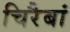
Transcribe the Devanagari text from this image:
चिरैबां